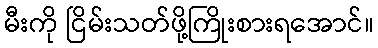
မီးကို ငြိမ်းသတ်ဖို့ကြိုးစားရအောင်။